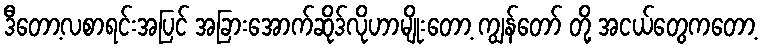
ဒီတော့လစာရင်းအပြင် အခြားအောက်ဆိုဒ်လိုဟာမျိုးတော့ ကျွန်တော် တို့ အငယ်တွေကတော့